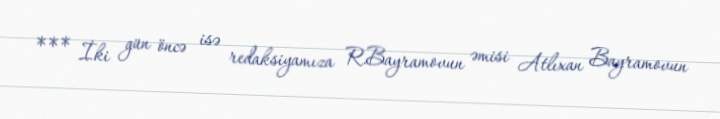
*** İki gün öncə isə redaksiyamıza R.Bayramovun əmisi Atlıxan Bayramovun